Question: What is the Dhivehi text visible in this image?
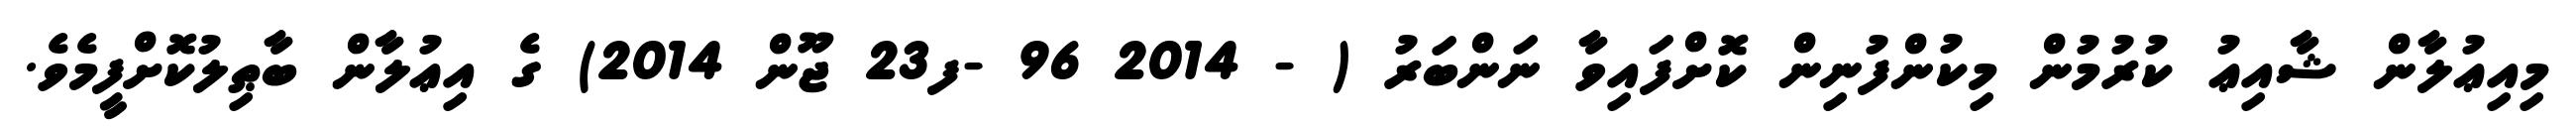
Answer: މިއިޢުލާން ޝާއިޢު ކުރުމުން މިކުންފުނިން ކޮށްފައިވާ ނަންބަރު ( - 2014 96 -ފ23 ޖޫން 2014) ގެ އިޢުލާން ބާޠިލުކޮށްފީމެވެ.